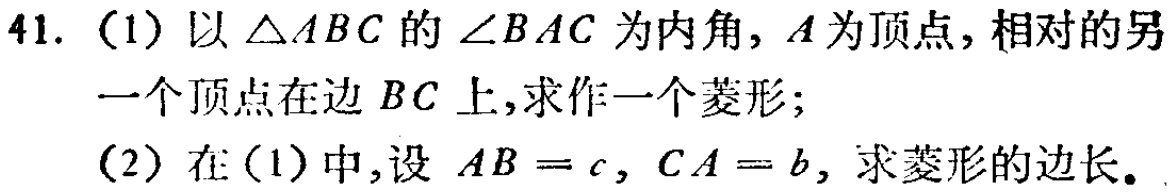
41. (1) 以 $\triangle ABC$ 的 $\angle BAC$ 为内角, $A$ 为顶点, 相对的另

一个顶点在边 $BC$ 上,求作一个菱形;

(2) 在 (1) 中,设 $AB = c$, $CA = b$, 求菱形的边长.